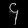
Digit: ၄